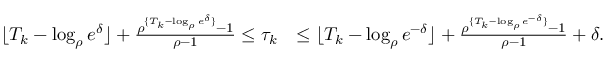
\begin{array} { r l } { \lfloor T _ { k } - \log _ { \rho } e ^ { \delta } \rfloor + \frac { \rho ^ { \{ T _ { k } - \log _ { \rho } e ^ { \delta } \} } - 1 } { \rho - 1 } \le \tau _ { k } } & { \le \lfloor T _ { k } - \log _ { \rho } e ^ { - \delta } \rfloor + \frac { \rho ^ { \{ T _ { k } - \log _ { \rho } e ^ { - \delta } \} } - 1 } { \rho - 1 } + \delta . } \end{array}